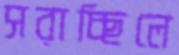
সরাচ্ছিলে